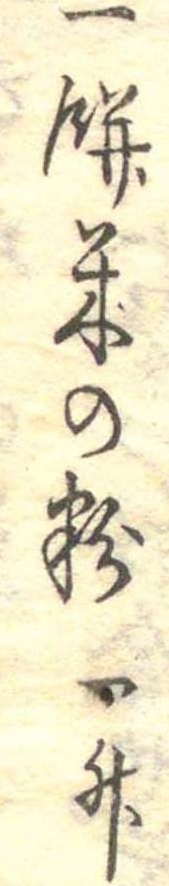
一餅米の粉一升